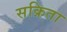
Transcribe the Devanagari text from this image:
सक्रिता